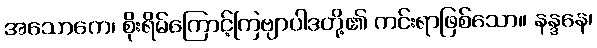
အသောကေ၊ စိုးရိမ်ကြောင့်ကြဗျာပါဒတို့၏ ကင်းရာဖြစ်သော။ နန္ဒနေ၊